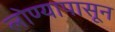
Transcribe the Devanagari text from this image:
लोण्यापासून